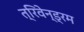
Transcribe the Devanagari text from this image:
त्रिवेन्ड्रम